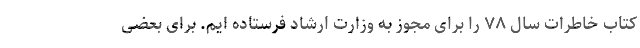
کتاب خاطرات سال ۷۸ را برای مجوز به وزارت ارشاد فرستاده ایم. برای بعضی